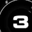
Digit: 3